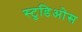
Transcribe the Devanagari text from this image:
स्टुडिओस